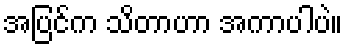
အပြင်က သိတာဟာ အကာပါပဲ။